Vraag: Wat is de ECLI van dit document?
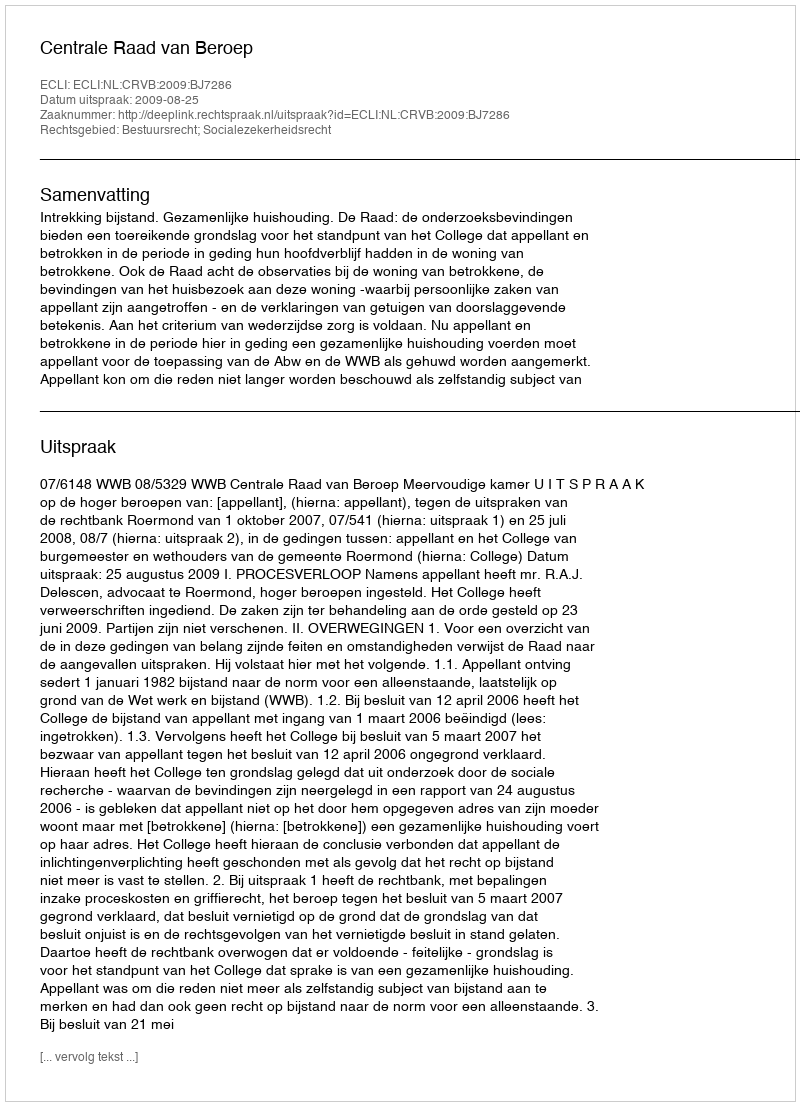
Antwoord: ECLI:NL:CRVB:2009:BJ7286